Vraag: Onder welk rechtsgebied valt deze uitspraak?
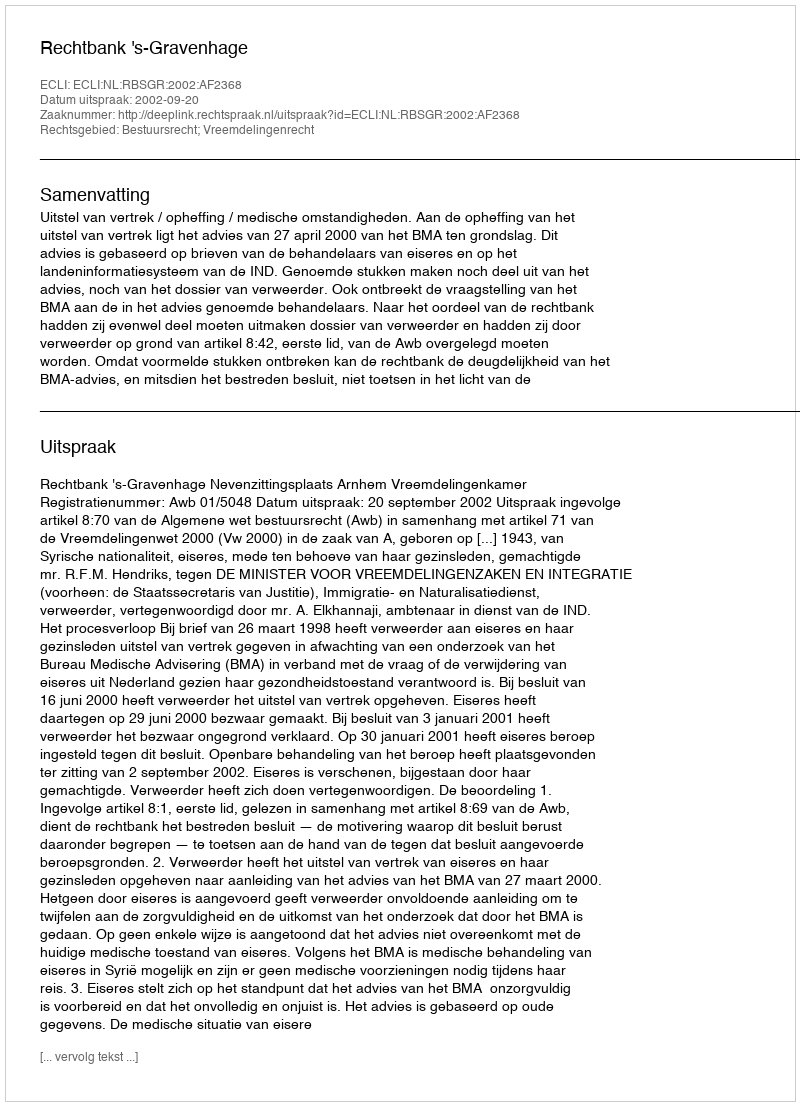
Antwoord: Bestuursrecht; Vreemdelingenrecht